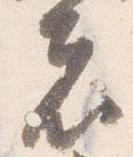
者